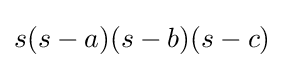
s(s-a)(s-b)(s-c)